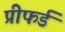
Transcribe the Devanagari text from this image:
प्रीफर्ड